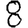
Digit: 8